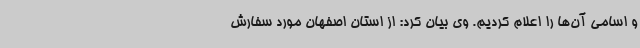
و اسامی آن‌ها را اعلام کردیم. وی بیان کرد: از استان اصفهان مورد سفارش